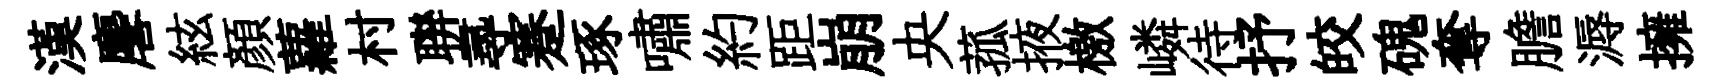
漢麐絃顔蘿村聨𡬶蹇琢嘯約距崩央菰掖檄嶙待抒皎磈奪膽溽擁